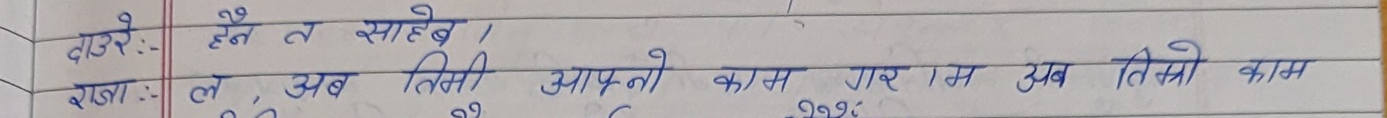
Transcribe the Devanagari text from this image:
दाउरे: हेर्नु त साहेब ।
राजा: त, अब तिमी आफ्नो काम गर । म अब तिम्रो काम